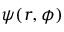
\psi ( r , \phi )